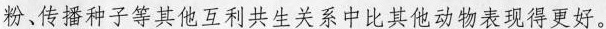
粉，传播种子等其他互利共生关系中比其他动物表现得更好。